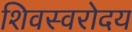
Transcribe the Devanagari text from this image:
शिवस्वरोदय